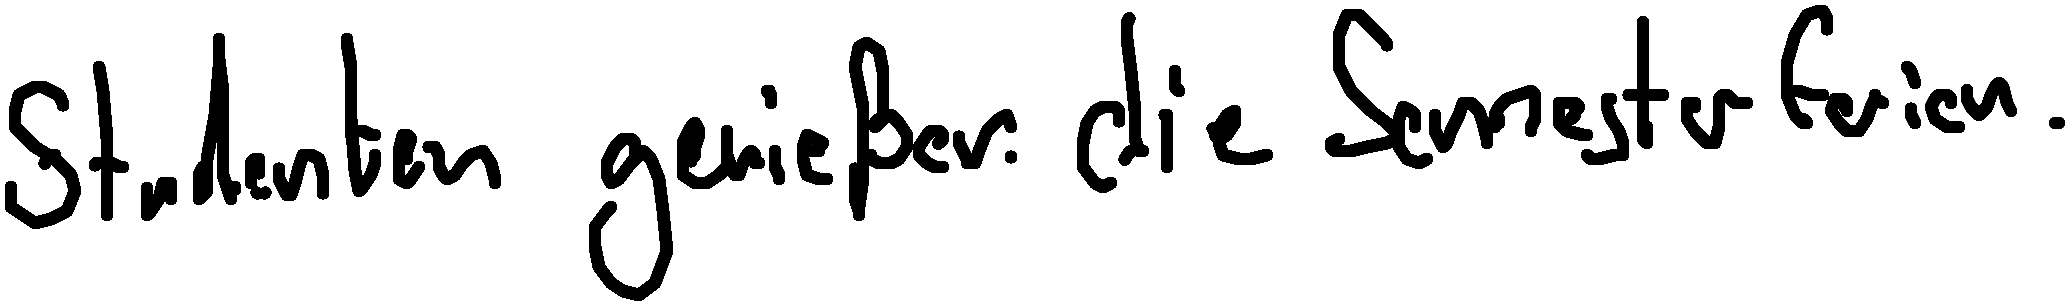
Studenten genießen die Semesterferien.